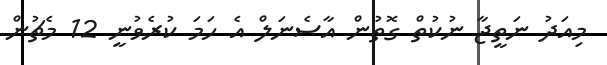
މިއަދު ނަތީޖާ ނުކުތް ގޮތުން އާސެނަލް އެ ހަމަ ކުރެވުނީ 12 މެޗުން